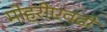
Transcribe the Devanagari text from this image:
मोहरीएवढी